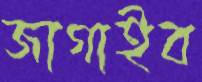
জাগাইব